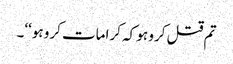
تم قتل کرو ہو کہ کرامات کرو ہو‘‘۔